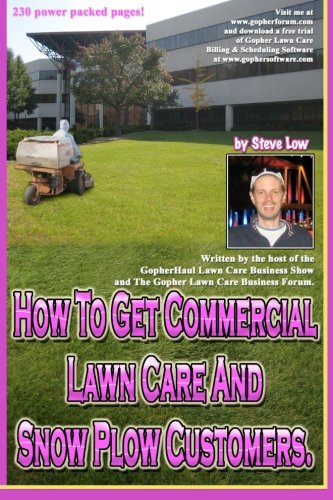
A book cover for How To Get Commercial Lawn Care And Snow Plow Customers.: From The Gopher Lawn Care Business Forum & The GopherHaul Lawn Care Business Show.; Steve Low; Crafts, Hobbies & Home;